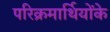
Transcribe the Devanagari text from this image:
परिक्रमार्थियोंके